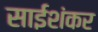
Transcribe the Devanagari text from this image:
साईशंकर